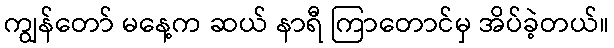
ကျွန်တော် မနေ့က ဆယ် နာရီ ကြာတောင်မှ အိပ်ခဲ့တယ်။